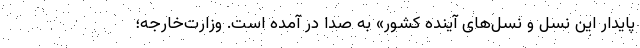
پایدار این نسل و نسل‌های آینده کشور» به صدا در آمده است. وزارت‌خارجه؛